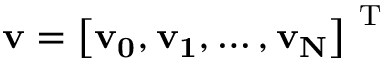
\mathbf { v } = \left[ \bf v _ { 0 } , v _ { 1 } , \hdots , v _ { N } \right] ^ { \mathrm { ~ T ~ } }